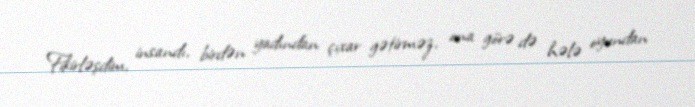
Fikirləşdim, insandı, birdən yadından çıxar gətirməz, ona görə də hələ oyundan